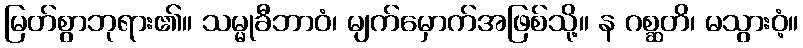
မြတ်စွာဘုရား၏။ သမ္မုခီဘာဝံ၊ မျက်မှောက်အဖြစ်သို့။ န ဂစ္ဆတိ၊ မသွားဝံ့။